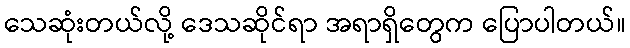
သေဆုံးတယ်လို့ ဒေသဆိုင်ရာ အရာရှိတွေက ပြောပါတယ်။